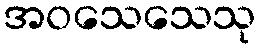
အဝသေသေသု